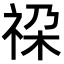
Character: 𮁳